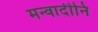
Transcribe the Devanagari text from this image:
मन्वादीनि